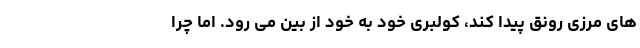
های مرزی رونق پیدا کند، کولبری خود به خود از بین می رود. اما چرا